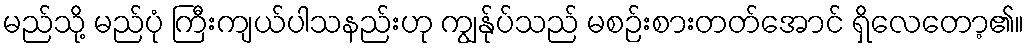
မည်သို့ မည်ပုံ ကြီးကျယ်ပါသနည်းဟု ကျွန်ုပ်သည် မစဉ်းစားတတ်အောင် ရှိလေတော့၏။